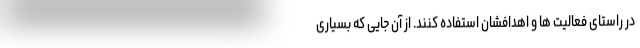
در راستای فعالیت ها و اهدافشان استفاده کنند. از آن جایی که بسیاری